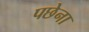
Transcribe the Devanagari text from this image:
पछेना